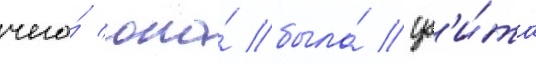
чего́ она́ была́ уб'и́та